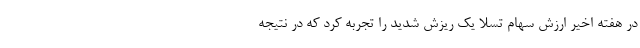
در هفته اخیر ارزش سهام تسلا یک ریزش شدید را تجربه کرد که در نتیجه